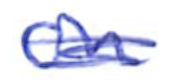
Text: on
Cross-out: scratch
Writing tool: ballpoint